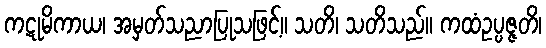
ကဋုမိကာယ၊ အမှတ်သညာပြုသဖြင့်။ သတိ၊ သတိသည်။ ကထံဥပ္ပဇ္ဇတိ၊